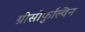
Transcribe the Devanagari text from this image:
ग्रीसोफुल्विन